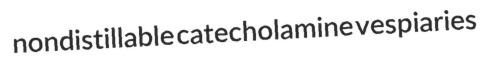
nondistillable catecholamine vespiaries